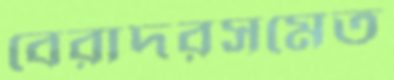
বেরাদরসমেত